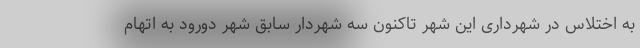
به اختلاس در شهرداری این شهر تاکنون سه شهردار سابق شهر دورود به اتهام